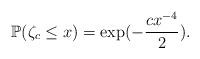
LaTeX: \begin{align*} \mathbb{P}(\zeta_c \leq x)=\exp(-\frac{cx^{-4}}{2}).\end{align*}